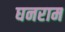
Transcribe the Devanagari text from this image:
घनराम